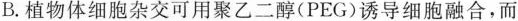
B.植物体细胞杂交可用聚乙二醇(PEG)诱导细胞融合，而